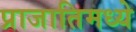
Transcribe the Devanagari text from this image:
प्राजातिमध्ये